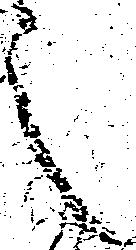
之